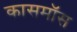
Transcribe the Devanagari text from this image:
कासमॉस